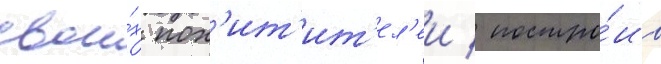
свои́х пох'ит'ит'ел'еи / постро́ив